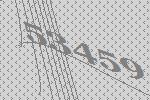
53459